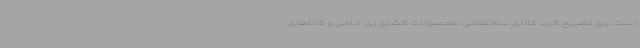
است. وی تصریح کرد: کالای ساختمانی، محصولات کشاورزی، دامی و کالاهای